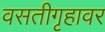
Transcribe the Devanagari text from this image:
वसतीगृहावर